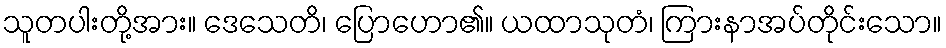
သူတပါးတို့အား။ ဒေသေတိ၊ ပြောဟော၏။ ယထာသုတံ၊ ကြားနာအပ်တိုင်းသော။